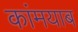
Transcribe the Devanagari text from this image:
कांमयाब